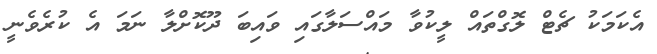
އެކަމަކު ޗެޓް ލޮގްތައް ލީކުވާ މައްސަލާގައި ވައިބަ ދޫކޮށްލާ ނަމަ އެ ކުރެވެނީ